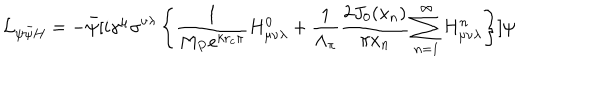
{ \cal L } _ { \psi \bar { \psi } H } = - \bar { \psi } [ i \gamma ^ { \mu } \sigma ^ { \nu \lambda } \left\{ \frac { 1 } { M _ { P } e ^ { k r _ { c } \pi } } H _ { \mu \nu \lambda } ^ { 0 } + \frac { 1 } { \Lambda _ { \pi } } \frac { 2 J _ { 0 } ( x _ { n } ) } { \pi x _ { n } } \sum _ { n = 1 } ^ { \infty } H _ { \mu \nu \lambda } ^ { n } \right\} ] \psi